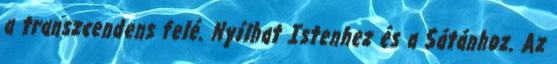
a transzcendens felé. Nyílhat Istenhez és a Sátán­hoz. Az